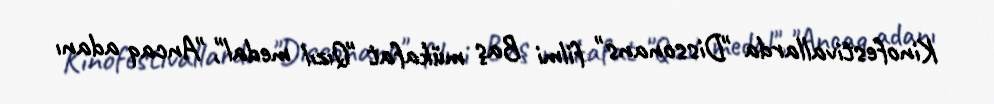
Kinofestivallarda "Dissonans" filmi Baş mükafat "Qızıl medal", "Ancaq adanı